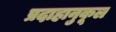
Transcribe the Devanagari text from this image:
प्रदाहानुकूल